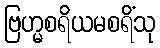
ဗြဟ္မစရိယမစရိံသု